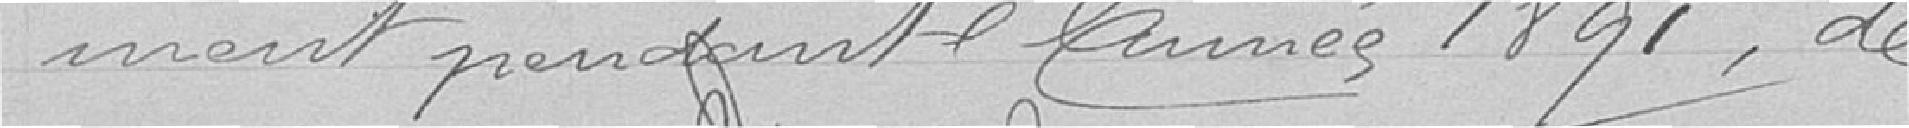
ment pendant l'année 1891, de